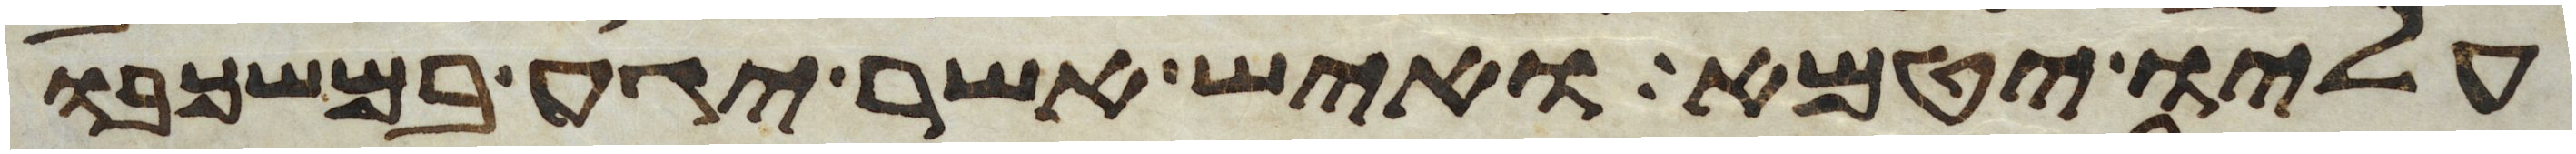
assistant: עליו יטמא ואיש אשר יגע במשכבו